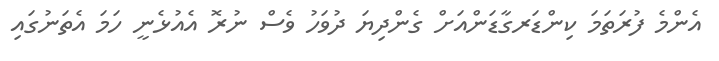
އެންމެ ފުރަތަމަ ކިންޑަރގާޑަންއަށް ގެންދިޔަ ދުވަހު ވެސް ނުރޮ އެއުޅެނީ ހަމަ އެތަނުގައި